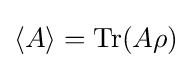
\langle A\rangle =\operatorname {Tr} (A\rho )